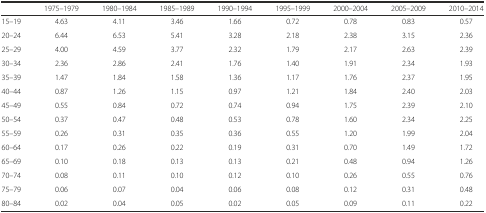
|  | 1975–1979 | 1980–1984 | 1985–1989 | 1990–1994 | 1995–1999 | 2000–2004 | 2005–2009 | 2010–2014 |
 | --- | --- | --- | --- | --- | --- | --- | --- | --- |
 | 15–19 | 4.63 | 4.11 | 3.46 | 1.66 | 0.72 | 0.78 | 0.83 | 0.57 |
 | 20–24 | 6.44 | 6.53 | 5.41 | 3.28 | 2.18 | 2.38 | 3.15 | 2.36 |
 | 25–29 | 4.00 | 4.59 | 3.77 | 2.32 | 1.79 | 2.17 | 2.63 | 2.39 |
 | 30–34 | 2.36 | 2.86 | 2.41 | 1.76 | 1.40 | 1.91 | 2.34 | 1.93 |
 | 35–39 | 1.47 | 1.84 | 1.58 | 1.36 | 1.17 | 1.76 | 2.37 | 1.95 |
 | 40–44 | 0.87 | 1.26 | 1.15 | 0.97 | 1.21 | 1.84 | 2.40 | 2.03 |
 | 45–49 | 0.55 | 0.84 | 0.72 | 0.74 | 0.94 | 1.75 | 2.39 | 2.10 |
 | 50–54 | 0.37 | 0.47 | 0.48 | 0.53 | 0.78 | 1.60 | 2.34 | 2.25 |
 | 55–59 | 0.26 | 0.31 | 0.35 | 0.36 | 0.55 | 1.20 | 1.99 | 2.04 |
 | 60–64 | 0.17 | 0.26 | 0.22 | 0.19 | 0.31 | 0.70 | 1.49 | 1.72 |
 | 65–69 | 0.10 | 0.18 | 0.13 | 0.13 | 0.21 | 0.48 | 0.94 | 1.26 |
 | 70–74 | 0.08 | 0.11 | 0.10 | 0.12 | 0.10 | 0.26 | 0.55 | 0.76 |
 | 75–79 | 0.06 | 0.07 | 0.04 | 0.06 | 0.08 | 0.12 | 0.31 | 0.48 |
 | 80–84 | 0.02 | 0.04 | 0.05 | 0.02 | 0.05 | 0.09 | 0.11 | 0.22 |